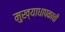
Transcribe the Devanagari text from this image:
मुख्याधापकाची